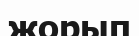
жорып